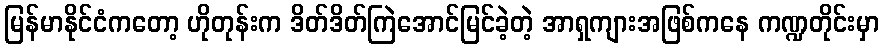
မြန်မာနိုင်ငံကတော့ ဟိုတုန်းက ဒိတ်ဒိတ်ကြဲအောင်မြင်ခဲ့တဲ့ အာရှကျားအဖြစ်ကနေ ကဏ္ဍတိုင်းမှာ